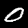
Label: 0